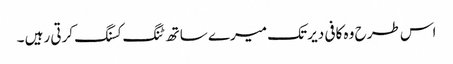
اس طرح وہ کافی دیر تک میرے ساتھ ٹنگ کسنگ کرتی رہیں ۔